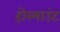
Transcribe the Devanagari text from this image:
होरमाउंट